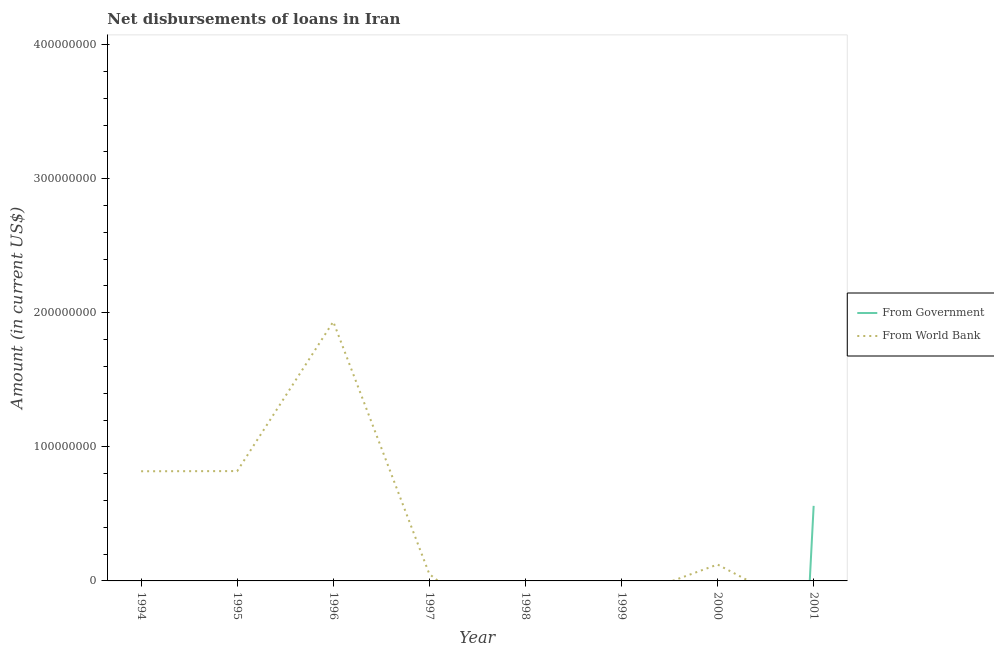
| Year | From Government | From World Bank |
 | --- | --- | --- |
 | 1994 | -1.65e+09 | 8.18e+07 |
 | 1995 | -3.19e+09 | 8.19e+07 |
 | 1996 | -3.78e+09 | 1.93e+08 |
 | 1997 | -4.09e+09 | 5.11e+06 |
 | 1998 | -7.92e+08 | -5.06e+07 |
 | 1999 | -2.1e+09 | -1.37e+07 |
 | 2000 | -1.32e+09 | 1.22e+07 |
 | 2001 | 5.6e+07 | -2.54e+07 |